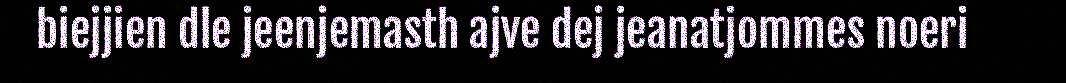
biejjien dle jeenjemasth ajve dej jeanatjommes noeri